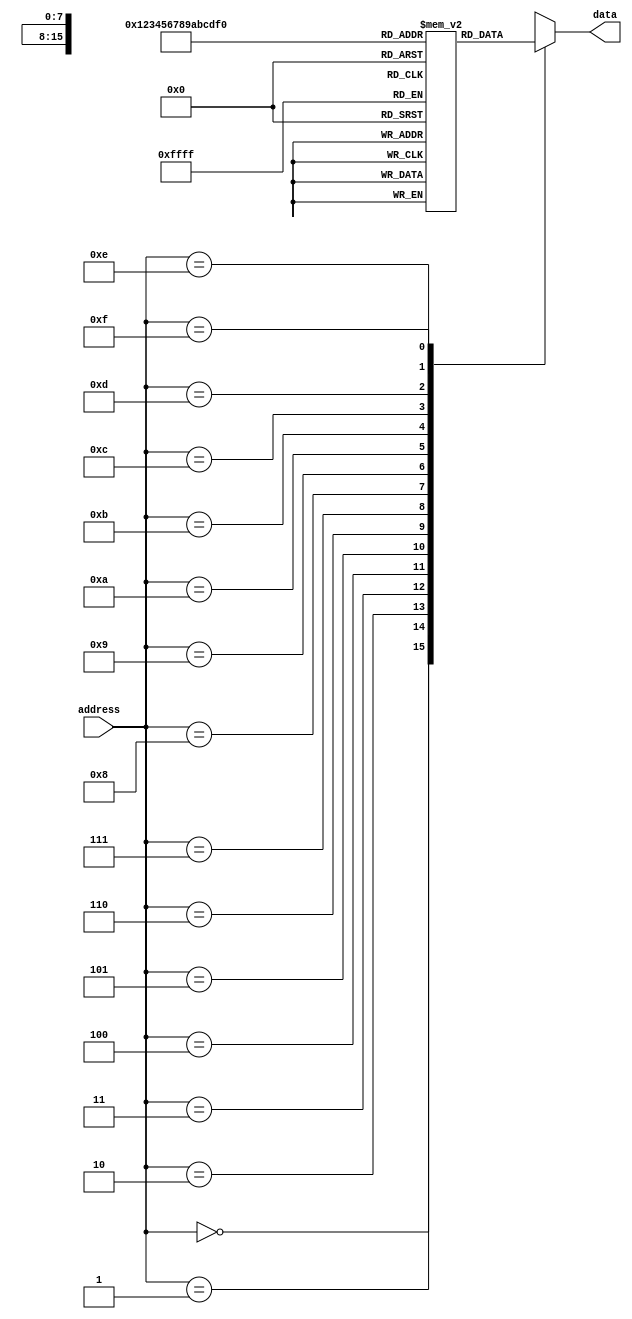
module MaskProgrammedROM (
    input wire [address_width-1:0] address,
    output reg [data_width-1:0] data
);

parameter address_width = 4; // specify the width of the address input
parameter data_width = 8; // specify the width of the data output

// Initialize the ROM with the fixed pattern of data
reg [data_width-1:0] memory [0:15]; // create a 16x8 ROM

// Fill in the ROM with the desired data
initial begin
    memory[0] = 8'b00000000;
    memory[1] = 8'b00000001;
    memory[2] = 8'b00000010;
    memory[3] = 8'b00000011;
    memory[4] = 8'b00000100;
    memory[5] = 8'b00000101;
    memory[6] = 8'b00000110;
    memory[7] = 8'b00000111;
    memory[8] = 8'b00001000;
    memory[9] = 8'b00001001;
    memory[10] = 8'b00001010;
    memory[11] = 8'b00001011;
    memory[12] = 8'b00001100;
    memory[13] = 8'b00001101;
    memory[14] = 8'b00001110;
    memory[15] = 8'b00001111;
end

// Output the data stored in the specific memory block corresponding to the input address
always @* begin
    case(address)
        0: data = memory[0];
        1: data = memory[1];
        2: data = memory[2];
        3: data = memory[3];
        4: data = memory[4];
        5: data = memory[5];
        6: data = memory[6];
        7: data = memory[7];
        8: data = memory[8];
        9: data = memory[9];
        10: data = memory[10];
        11: data = memory[11];
        12: data = memory[12];
        13: data = memory[13];
        14: data = memory[14];
        15: data = memory[15];
        default: data = 0;
    endcase
end

endmodule